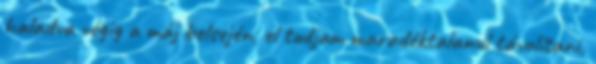
haladva végig a máj belsején, el tudjam maradéktalanul távolítani,